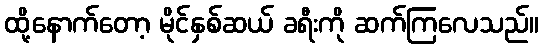
ထို့နောက်တော့ မိုင်နှစ်ဆယ် ခရီးကို ဆက်ကြလေသည်။